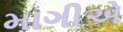
માગીએ